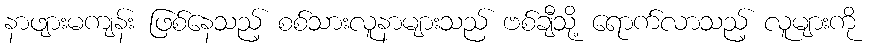
နာဖျားမကျန်း ဖြစ်နေသည့် စစ်သားလူနာများသည် ဗစ်ချီသို့ ရောက်လာသည့် လူများကို